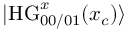
| \mathrm { H G } _ { 0 0 / 0 1 } ^ { x } ( x _ { c } ) \rangle